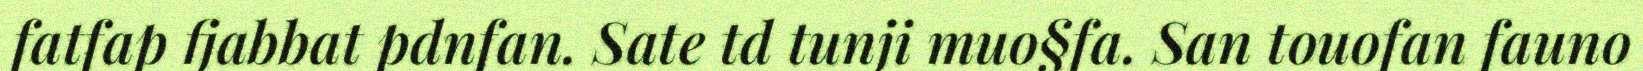
fatfap fjabbat pdnfan. Sate td tunji muo§fa. San touofan fauno